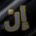
إن